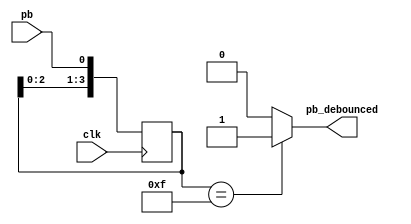
module debounce (pb_debounced, pb, clk); 
	output pb_debounced;
	input pb;
	input clk; 
	reg [3:0] DFF;
	always @(posedge clk) begin 
		DFF[3:1] <= DFF[2:0]; 
		DFF[0] <= pb; 
	end
	assign pb_debounced = ((DFF == 4'b1111) ? 1'b1 : 1'b0);

endmodule